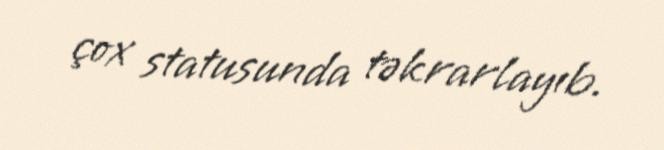
çox statusunda təkrarlayıb.